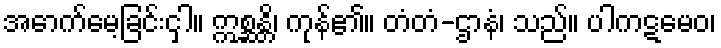
အောက်မေ့ခြင်းငှါ။ ဣစ္ဆန္တိ၊ ကုန်၏။ တံတံ-ဌာနံ၊ သည်။ ပါကဋမေဝ၊